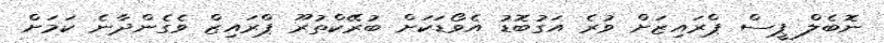
ނޮބެލް ޕީސް ޕްރައިޒަށް ވުރެ އަގުބޮޑު އެވޯޑަކަށް ބުރޭކްތުރޫ ޕްރައިޒް ވެގެންދާނެ ކަމަށް